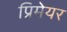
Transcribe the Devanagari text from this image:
प्रिमेयर